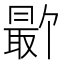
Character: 𪱕